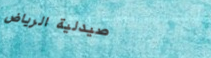
صيدلية الرياض